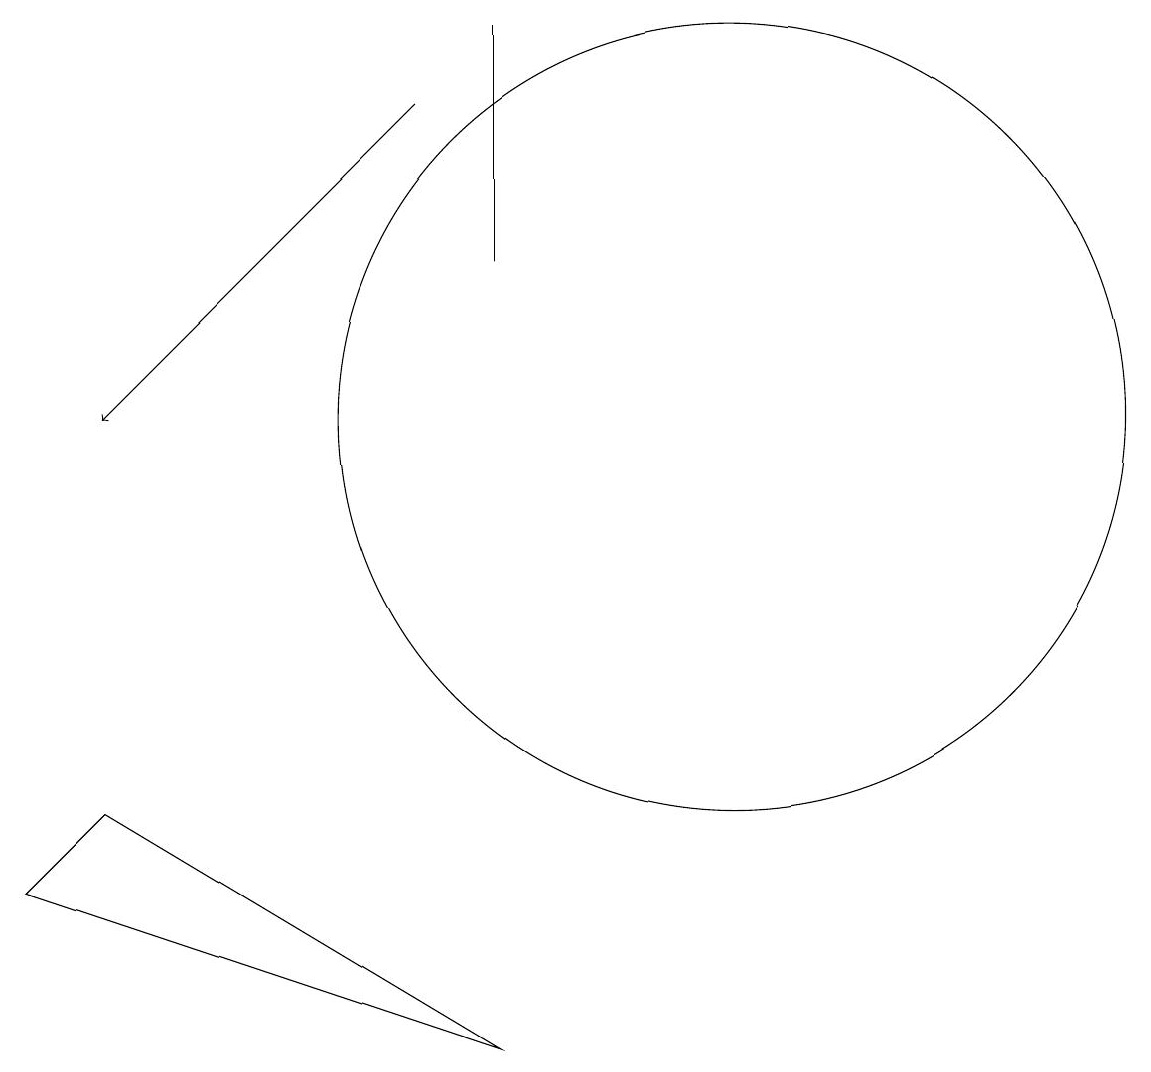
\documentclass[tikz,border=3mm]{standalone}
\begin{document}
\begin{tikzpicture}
\draw (12,11) circle (5);
\draw (9,16) rectangle (9,13);
\draw (4,6) -- (9,3) -- (3,5) -- cycle;
\draw[->] (8,15) -- (4,11);
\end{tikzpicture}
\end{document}